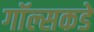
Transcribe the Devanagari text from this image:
गॉल्सकडे